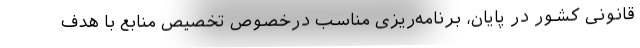
قانونی کشور در پایان، برنامه‌ریزی مناسب درخصوص تخصیص منابع با هدف